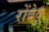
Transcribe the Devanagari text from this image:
रोंदेवू